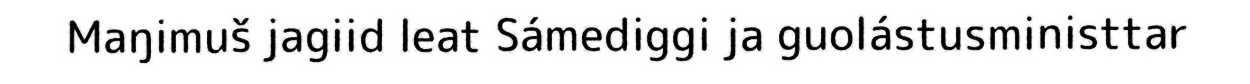
Maŋimuš jagiid leat Sámediggi ja guolástusministtar